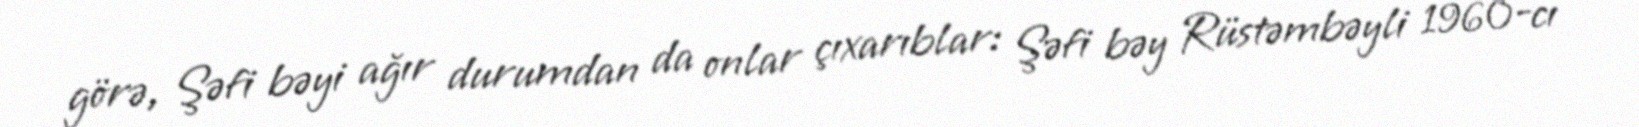
görə, Şəfi bəyi ağır durumdan da onlar çıxarıblar: Şəfi bəy Rüstəmbəyli 1960-cı